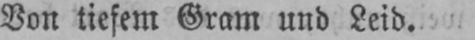
Von tiefem Gram und Leid.